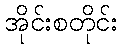
အိုင်းစတိုင်း